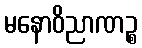
မနောဝိညာဏဉ္စ